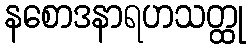
နစောဒနာရဟသတ္ထု